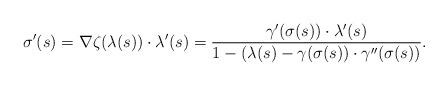
LaTeX: \begin{align*}\sigma'(s) =\nabla\zeta(\lambda(s))\cdot \lambda'(s) = \frac{\gamma'(\sigma(s)) \cdot \lambda'(s)}{1- (\lambda(s) - \gamma(\sigma(s))\cdot \gamma''(\sigma(s))}.\end{align*}